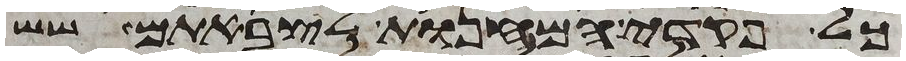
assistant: כל פקדי המחנות לצבאתם שש